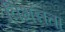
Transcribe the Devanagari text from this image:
विभन्नता